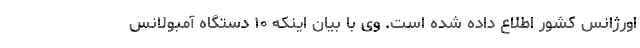
اورژانس کشور اطلاع داده شده است. وی با بیان اینکه ۱۰ دستگاه آمبولانس